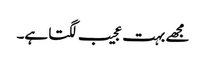
مجھے بہت عجیب لگتا ہے۔